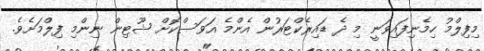
މިފިލްމު ހިމެނިފައިވަނީ މި ދެ ޑައިރެކްޓަރުން އެންމެ އަވަސްކޮށް ޝޫޓިން ނިންމި ފިލްމަށެވެ.